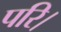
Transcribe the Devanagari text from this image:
परि।